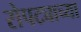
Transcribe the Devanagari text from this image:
रोपट्याच्या